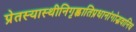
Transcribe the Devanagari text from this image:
प्रेतस्यास्थीनिगृह्णातिप्रधानांगोद्भवानिच